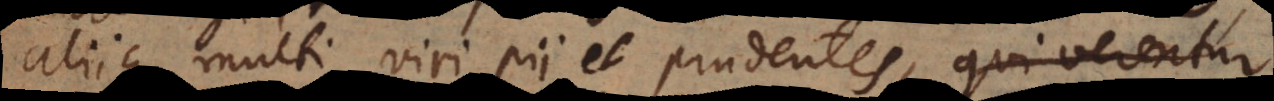
aliique multi viri pii et prudentes, qui verentur